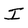
Character: I